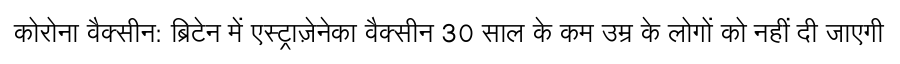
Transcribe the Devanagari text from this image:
कोरोना वैक्सीन: ब्रिटेन में एस्ट्राज़ेनेका वैक्सीन 30 साल के कम उम्र के लोगों को नहीं दी जाएगी